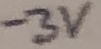
Text: -3V